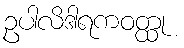
ဥပါလိဒါရကဝတ္ထု